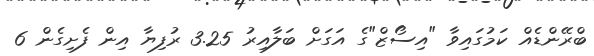
ބްރޭންޑެއް ކަމުގައިވާ "އިސޯޒް"ގެ އަގަށް ބަލާއިރު 3.25 ރުފިޔާ އިން ފެށިގެން 6